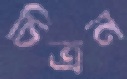
চিত্রন